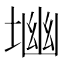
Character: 𱗎